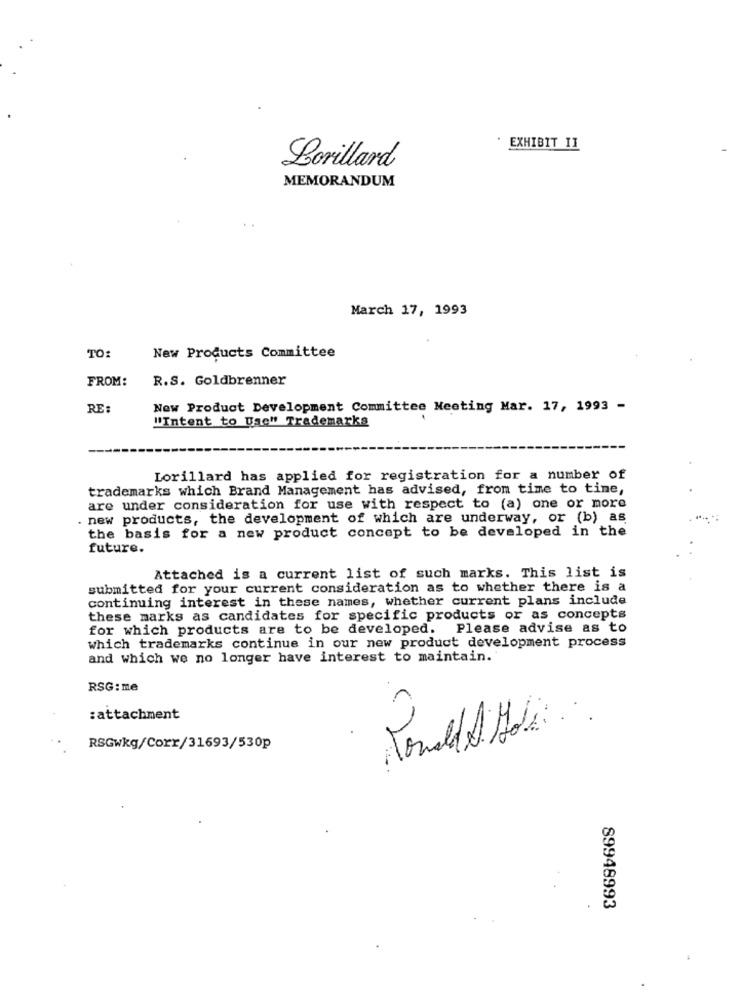
EXHIBIT II
Lorillard
MEMORANDUM
March 17, 1993
TO:
New Products Committee
FROM:
R.S. Goldbrenner
RE:
New Product Development Committee Meeting Mar. 17, 1993 -
"Intent to Use" Trademarks
Lorillard has applied for registration for a number of
trademarks which Brand Management has advised, from time to tine,
are under consideration for use with respect to (a) one or more
. new products, the development of which are underway, or (b) as
the basis for a new product concept to be developed in the
future.
Attached is a current list of such marks. This list is
submitted for your current consideration as to whether there is a
continuing interest in these names, whether current plans include
these marks as candidates for specific products or as concepts
for which products are to be developed. Please advise as to
which trademarks continue in our new product development process
and which we no longer have interest to maintain.
RSG: me
:attachment
RSGwkg/Corr/31693/530p
89948993